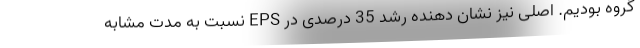
گروه بودیم. اصلی نیز نشان دهنده رشد 35 درصدی در EPS نسبت به مدت مشابه